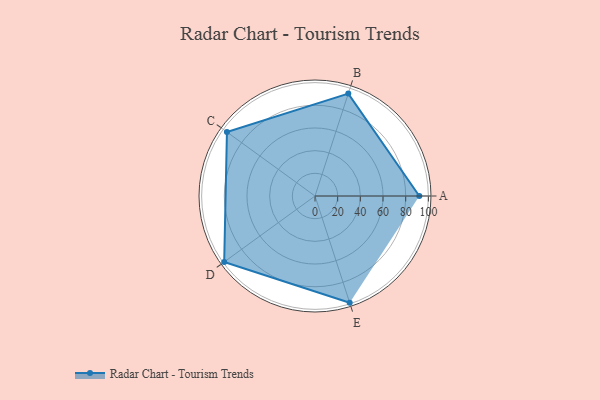
{"axis": {"x": "Skill", "y": "Score"}, "legend": ["Profile"], "data": [{"x": "A", "y": 92.0, "type": "Profile"}, {"x": "B", "y": 95.0, "type": "Profile"}, {"x": "C", "y": 96.0, "type": "Profile"}, {"x": "D", "y": 99, "type": "Profile"}, {"x": "E", "y": 99, "type": "Profile"}]}